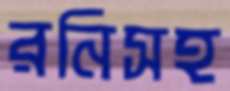
রনিসহ